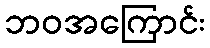
ဘဝအကြောင်း